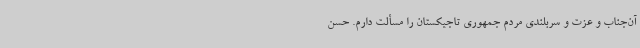
آن‌جناب و عزت و سربلندی مردم جمهوری تاجیکستان را مسألت دارم. حسن